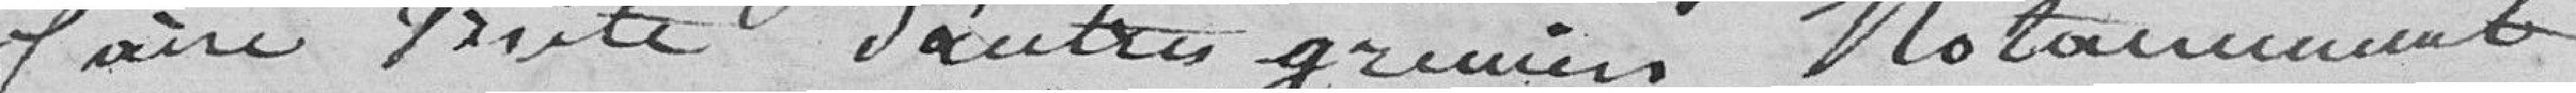
faire traité d'autres greniers. Notamment,